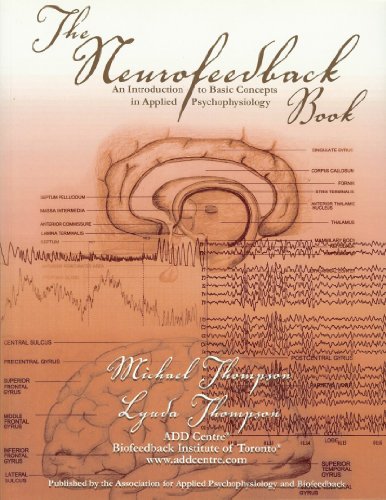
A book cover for The Neurofeedback Book; Michael Thompson; Medical Books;